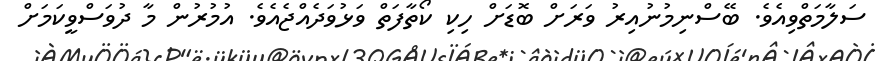
ސަލާމަތްވިއެވެ. ބޭސްނިމުނުއިރު ވަރަށް ބޮޑަށް ހިކި ކޯތާފަތް ވަޅުވަދެއްޖެއެވެ. އުމުރުން މާ ދުވަސްވީކަމަށް